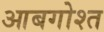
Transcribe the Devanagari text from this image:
आबगोश्त